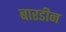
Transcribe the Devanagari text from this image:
बारडीन